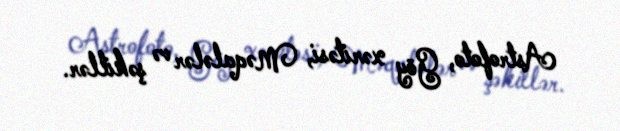
Astrofoto, Göy xəritəsi, Məqalələr və şəkillər.